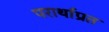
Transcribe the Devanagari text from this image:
परार्थाप्रत